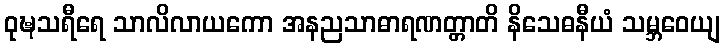
ဝုဍ္ဎသရီရေ သာလိလာယကော အနညသာဓာရဏတ္တာတိ နိသေဓနီယံ သမ္ဘဝေယျ